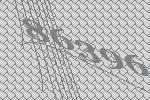
86396